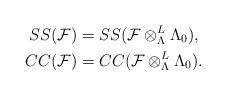
LaTeX: \begin{align*}SS(\mathcal F)&=SS(\mathcal F\otimes_\Lambda^L \Lambda_0),\\CC(\mathcal F)&=CC(\mathcal F\otimes_\Lambda^L \Lambda_0).\end{align*}